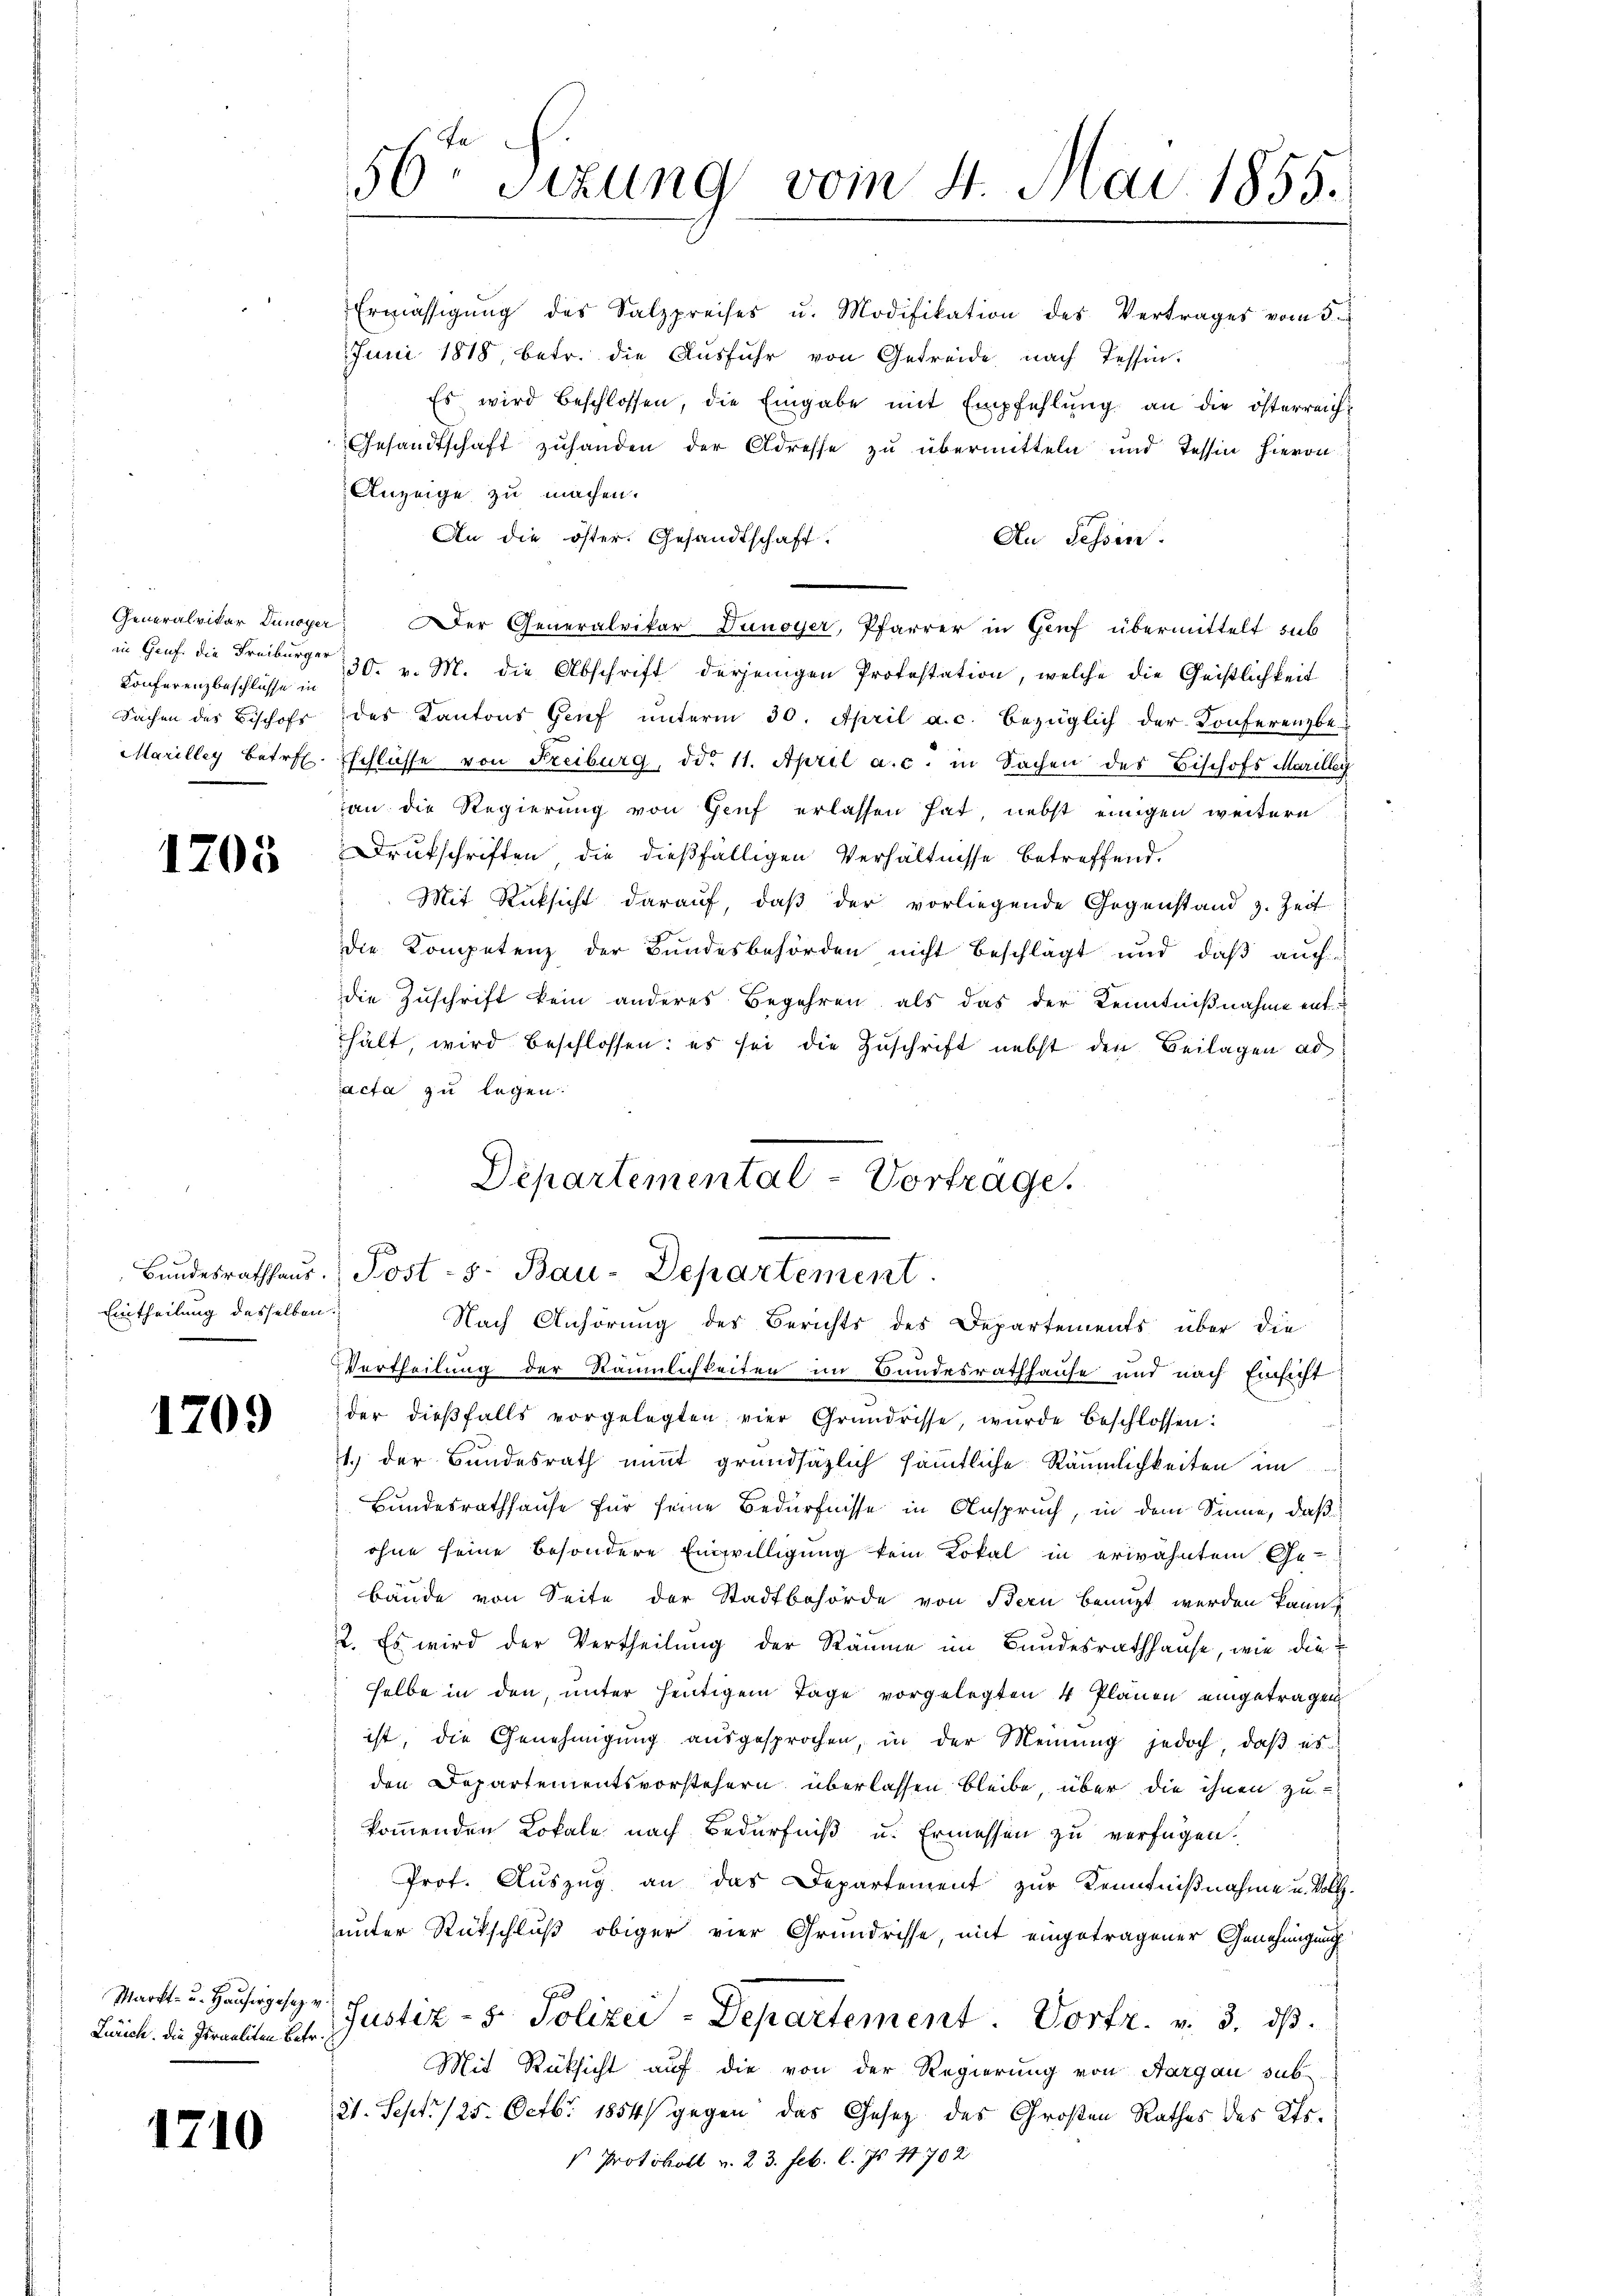
Generalvikar Dunoyer
in Genf. die Freiburger
Konferenzbeschlüsse in
Sachen des Bischofs
Marilley betref

1709

17

1205

Bundesrathhaus.
Eintheilung desselben.

Zürich. Die Israeliten Betr.

10

56t Sizung vom 4. Mai 1855.

Anzeige zu machen.
An die öster. Gesandtschaft.
Au Fessen.
Der Generalvikar Dunoyer, Pfarrer in Genf übermittelt sub
30. v. M. die Abschrift derjenigen Protestation, welche die Geistlichkeit
des Kantons Genf unterm 30. April a. c. bezüglich der Konferenzbe¬
Eschliesse von Freiburg, dd. 11. April a.c. in Sachen des Bischofs Marilleg
an die Regierung von Genf erlassen hat, nebst einigen weitern
Drukschriften die dießfälligen Verhältnisse betreffend.
Mit Rücksicht darauf, daß der vorliegende Gegenstand z. Zeit
die Kompetenz der Bundesbehörden nicht beschlägt und daß auch
die Zuschrift kein anderes Begehren, als das der Kenntnißnahme enthält, wird beschlossen: es sei die Zuschrift nebst den Beilagen ad
acta zu legen.
Vertheilung der Räumlichkeiten im Bundesrathhause und nach Einsicht
der dieβfalls vorgelegten vier Grundrisse, wurde beschlossen:
1.) der Bundesrath nit grundsätzlich sämmtliche Räumlichkeiten im
Bundesrathhause für seine Bedürfnisse in Anspruch, in dem Sinne, daß
ohne seine besondere Einwilligung kein Lokal in erwähntem Ge-
bäude von Seite der Stadtbehörde von Bern benuzt werden kann.
2. Es wird der Vertheilung der Räume im Bundesrathhause, wie dieselbe in den, unter heutigem Tage vorgelegten 4 Plänen eingetragen
ist, die Genehmigung ausgesprochen, in der Meinung jedoch, daß es
den Departementsvorstehern überlassen bleibe, über die ihnen zu
kommenden Lokale nach Bedürfniß u. Ermessen zu verfügen.
Prof. Auszug an das Departement zur Kenntnißnahme u. Vollunter Rückschluß obiger vier Grundrisse, mit eingetragener Genehmigung
Markt- u. Hauses Justiz- & Polizei - Departement. Vortr. v. 3. ds.
Mit Rücksicht auf die von der Regierung von Aargau sub-
21. Sept. 125. Octbr. 1854 gegen das Gesetz des Großen Rathes des Kts.
s Protokoll v. 23. Feb. l. Js. 14702

Ermässigŭng des Salzpreises u. Modifikation des Vertrages vom 5.
Juni 1818 betr. die Aŭsführ von Getreide nach Tessin.
Es wird beschlossen, die Eingabe mit Empfehlung an die österreich¬
Gesandtschaft zuhanden der Adresse zu übermitteln und Tessin hievon

Departemental-Vortrage.
Post- s. Bau-Departement
Nach Anhörung des Berichts des Departements über die